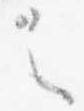
之